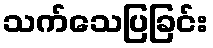
သက်သေပြခြင်း